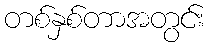
တစ်နှစ်တာအတွင်း